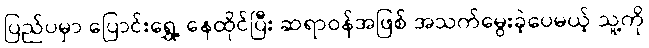
ပြည်ပမှာ ပြောင်းရွှေ့ နေထိုင်ပြီး ဆရာဝန်အဖြစ် အသက်မွေးခဲ့ပေမယ့် သူ့ကို